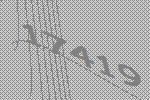
17419